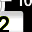
Digit: 2